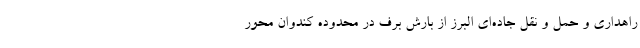
راهداری و حمل و نقل جاده‌ای البرز از بارش برف در محدوده کندوان محور